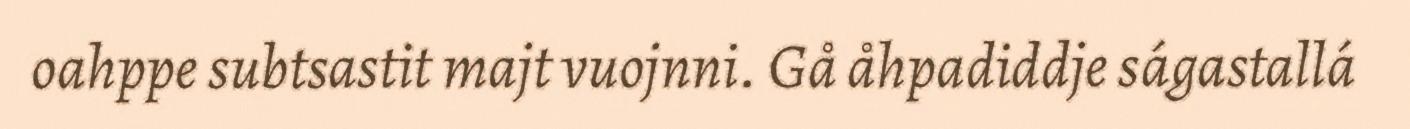
oahppe subtsastit majt vuojnni. Gå åhpadiddje ságastallá